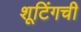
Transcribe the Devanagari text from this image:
शूटिंगची